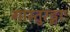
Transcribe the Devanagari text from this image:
गास्तुरङ्गाः